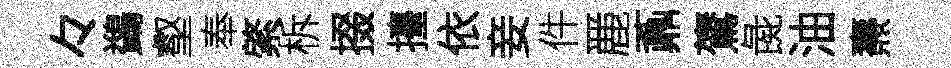
々鷁壑奉綮柝掇擡依妾件䴡鼒鷟彘油燾